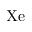
\mathrm { X e }